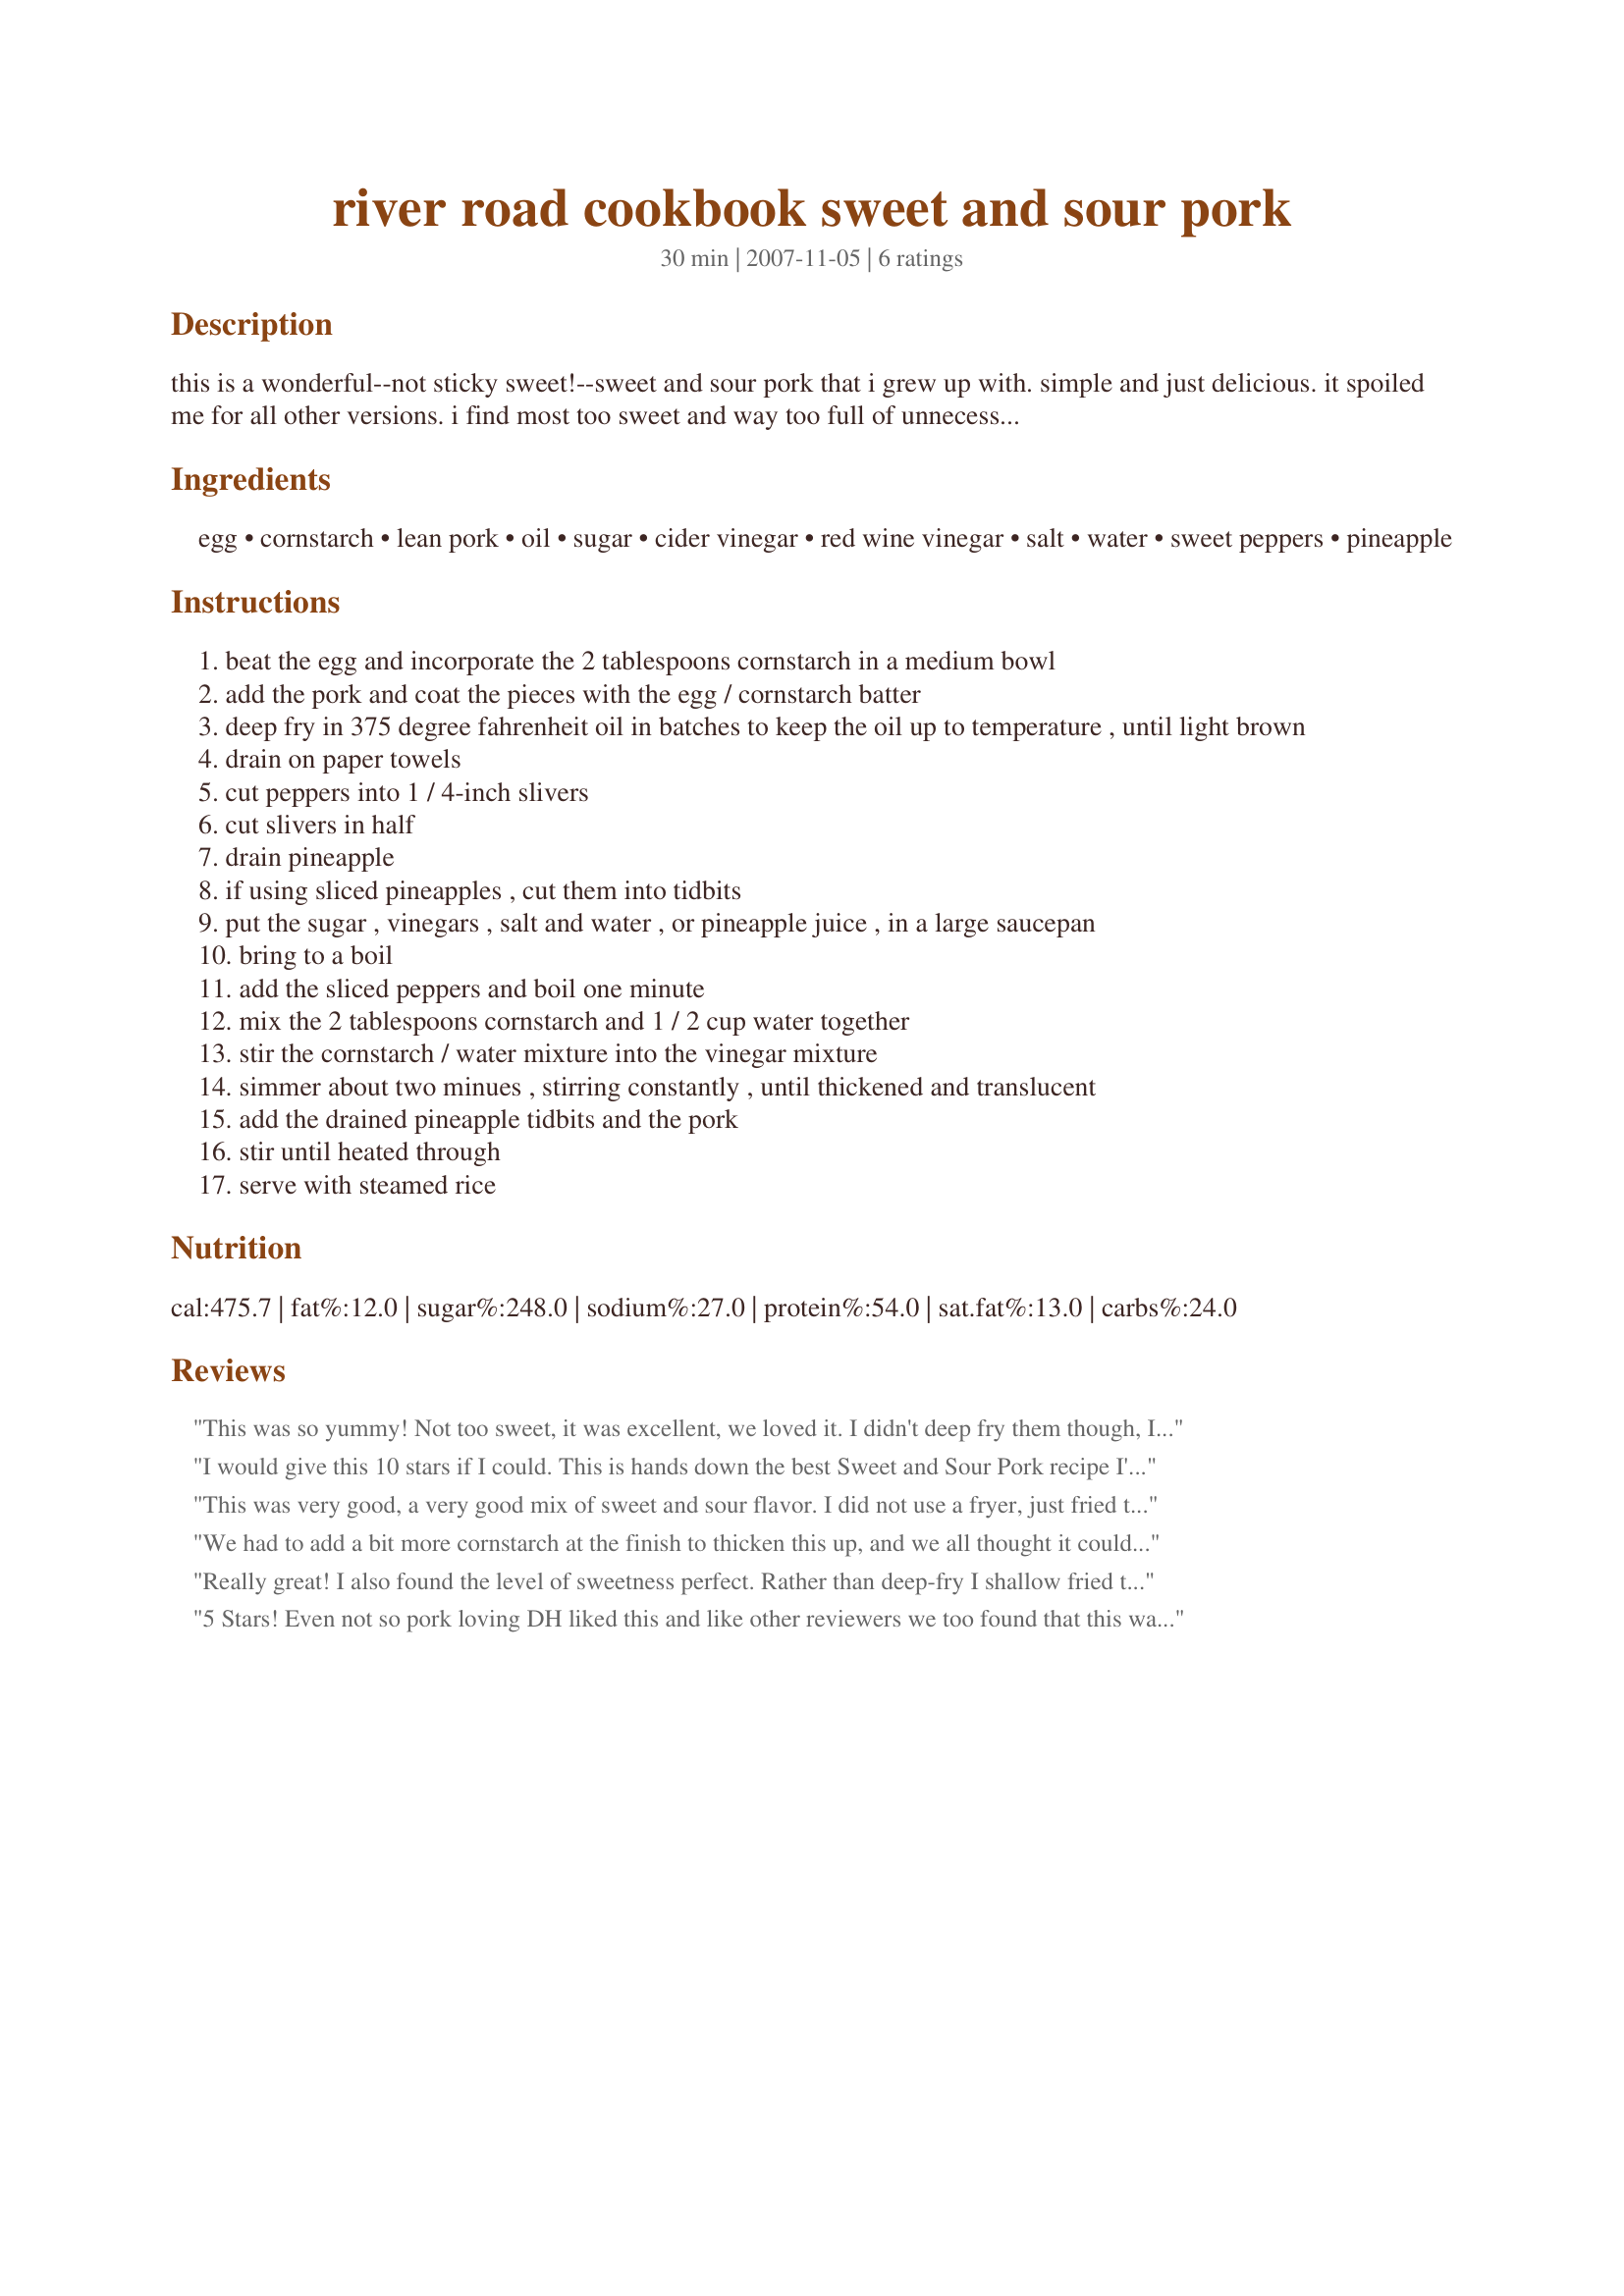
river road cookbook sweet and sour pork
Preparation time: 30 minutes

this is a wonderful--not sticky sweet!--sweet and sour pork that i grew up with. simple and just delicious. it spoiled me for all other versions. i find most too sweet and way too full of unnecessary and distracting vegetables.

Ingredients:
egg, cornstarch, lean pork, oil, sugar, cider vinegar, red wine vinegar, salt, water, sweet peppers, pineapple

Steps:
beat the egg and incorporate the 2 tablespoons cornstarch in a medium bowl
add the pork and coat the pieces with the egg / cornstarch batter
deep fry in 375 degree fahrenheit oil in batches to keep the oil up to temperature , until light brown
drain on paper towels
cut peppers into 1 / 4-inch slivers
cut slivers in half
drain pineapple
if using sliced pineapples , cut them into tidbits
put the sugar , vinegars , salt and water , or pineapple juice , in a large saucepan
bring to a boil
add the sliced peppers and boil one minute
mix the 2 tablespoons cornstarch and 1 / 2 cup water together
stir the cornstarch / water mixture into the vinegar mixture
simmer about two minues , stirring constantly , until thickened and translucent
add the drained pineapple tidbits and the pork
stir until heated through
serve with steamed rice

Reviews:
This was so yummy! Not too sweet, it was excellent, we loved it. I didn't deep fry them though, I just pan fried them, but wow, restaurant quality dish :)
I would give this 10 stars if I could. This is hands down the best Sweet and Sour Pork recipe I've ever made or had. The flavors were just perfect. I did make some changes, only in the way I cooked the pork for diet reasons. I stir-fried the salt and peppered pork in a little olive oil until browned, then placed it in a warm oven to stay warm. I also used splenda in place of the sugar and some fresh sweet pineapple, and used the water option, but other than that, made as is. I can't tell you how much we enjoyed this. Thanks for a keeper that is going right into my 2007 favorite recipes.
This was very good, a very good mix of sweet and sour flavor. I did not use a fryer, just fried them in my electric fry pan and it turned out great. Only change I will make next time is to use the water instead of the pineapple juice, it was a tad sweeter than I like.
We had to add a bit more cornstarch at the finish to thicken this up, and we all thought it could have been a little more "sweet" and a little less "sour" -- but that's exactly what the poster liked about it, so "it's a feature, not a bug." And who could complain? My family went after this as if their names were Hoover and Kirby! Colorful and tasty! Made for PRMR, Feb. 2009.
Really great! I also found the level of sweetness perfect. Rather than deep-fry I shallow fried the pork in a large pan with enough hoit oil to cover about 50% and gave all the pieces of pork a single turn. It meant being able to cook all the pork in a single batch so was probably just as fast as deep frying in a few batches.
5 Stars! Even not so pork loving DH liked this and like other reviewers we too found that this wasn't too overpoweringly sweet as some recipe tend to be so that's the main reason we enjoyed this so much. We used PeterJ's method to fry the pork too and it worked well. Please see my Rating system: 5 stars for an easy and tasty pork recipe that we will be making again. Thanks!
